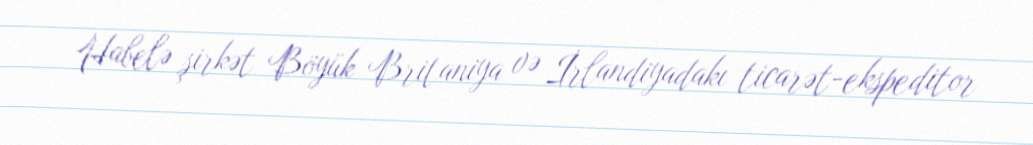
Habelə şirkət Böyük Britaniya və İrlandiyadakı ticarət-ekspeditor